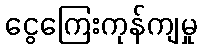
ငွေကြေးကုန်ကျမှု